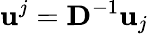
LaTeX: \mathbf{u}^{j}=\mathbf{D}^{-1}\mathbf{u}_{j}